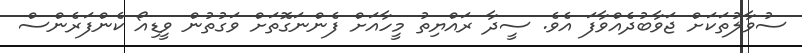
ސުވާލުތަކަށް ޖަވާބުދެއްވާފަ އެވެ. ސީދާ ރަައްޔިތު މީހާއަށް ފެންނަގޮތަށް ވަގުތުން ވީޑިއޯ ކެންފަރެންސް